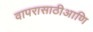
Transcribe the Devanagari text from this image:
वापरासाठीआणि